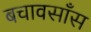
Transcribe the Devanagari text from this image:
बचावसाँस